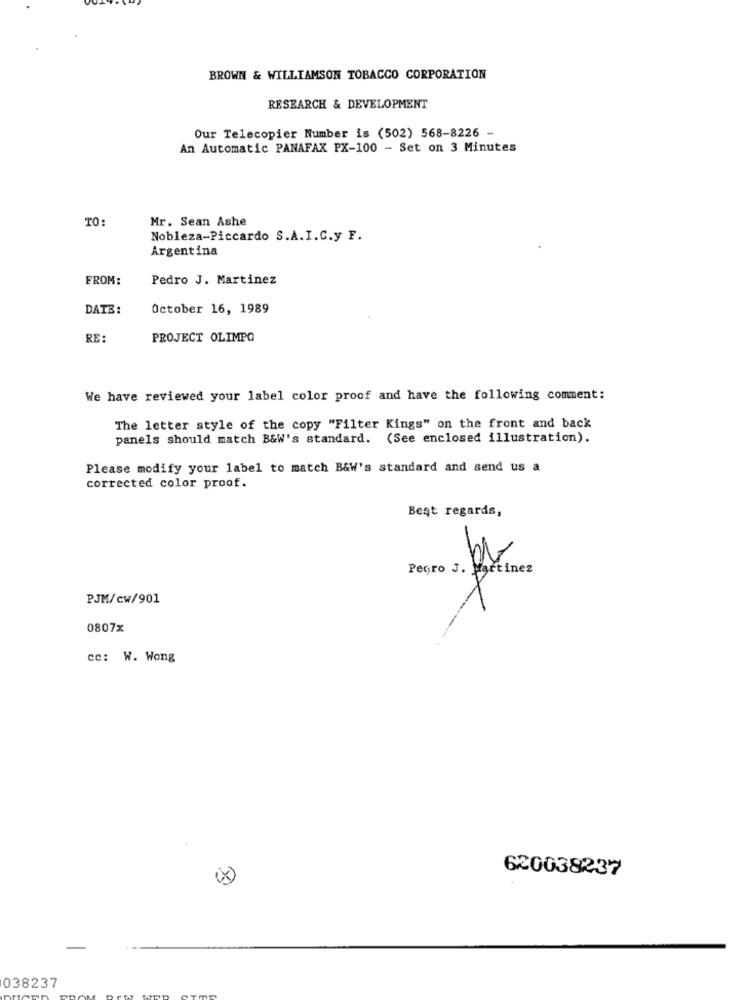
BROWN & WILLIAMSON TOBACCO CORPORATION
RESEARCH & DEVELOPMENT
Our Telecopier Number is (502) 568-8226 -
An Automatic PANAFAX PX-100 - Set on 3 Minutes
TO:
Mr. Sean Ashe
Nobleza-Piccardo S.A.I.C.y F.
Argentina
FROM:
Pedro J. Martinez
DATE:
October 16, 1989
RE:
PROJECT OLIMPO
We have reviewed your label color proof and have the following comment:
The letter style of the copy "Filter Kings" on the front and back
panels should match B&W's standard. (See enclosed illustration).
Please modify your label to match B&W's standard and send us a
corrected color proof.
Best regards,
PJM/cw/901
0807x
cc: W. Wong
620038237
038237